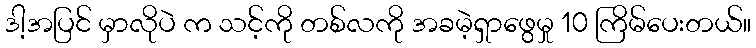
ဒါ့အပြင် မှာလိုပဲ က သင့်ကို တစ်လကို အခမဲ့ရှာဖွေမှု 10 ကြိမ်ပေးတယ်။